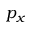
p _ { x }